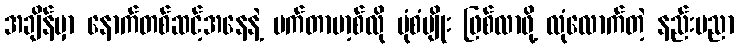
အချိန်မှာ နောက်တစ်ဆင့်အနေနဲ့ မက်တာဗာ့စ်လို ပုံစံမျိုး ဖြစ်လာဖို့ လုံလောက်တဲ့ နည်းပညာ